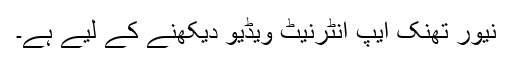
نیور تھنک ایپ انٹرنیٹ ویڈیو دیکھنے کے لیے ہے۔